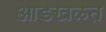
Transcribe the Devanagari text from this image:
आडखळत